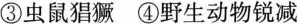
③虫鼠猖獗④野生动物锐减